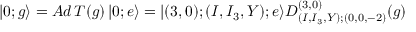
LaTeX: | 0 ; g \rangle = A d \, T ( g ) \, | 0 ; e \rangle = | ( 3 , 0 ) ; ( I , I _ { 3 } , Y ) ; e \rangle D _ { ( I , I _ { 3 } , Y ) ; ( 0 , 0 , - 2 ) } ^ { ( 3 , 0 ) } ( g )